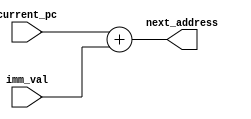
`timescale 1ns / 1ps
//////////////////////////////////////////////////////////////////////////////////
// Company: 
// Engineer: 
// 
// Design Name: 
// Module Name:    adder 
// Project Name: 
// Target Devices: 
// Tool versions: 
// Description: 
//
// Dependencies: 
//
// Revision: 
// Revision 0.01 - File Created
// Additional Comments: 
//
//////////////////////////////////////////////////////////////////////////////////
module adder(
input [31:0] current_pc,
input [31:0] imm_val, 
output [31:0] next_address
);

	assign next_address = current_pc + imm_val;

endmodule